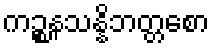
ကဉ္စနသန္နိဘတ္တစော